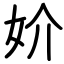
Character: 妎